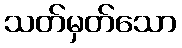
သတ်မှတ်သော